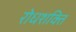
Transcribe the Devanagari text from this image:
रोधशक्ति